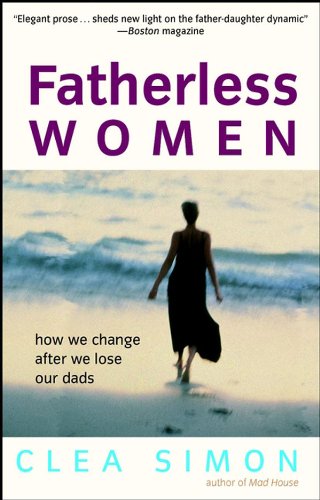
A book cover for Fatherless Women: How We Change After We Lose Our Dads; Clea Simon; Parenting & Relationships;